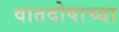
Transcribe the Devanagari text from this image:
वातदोषाच्या